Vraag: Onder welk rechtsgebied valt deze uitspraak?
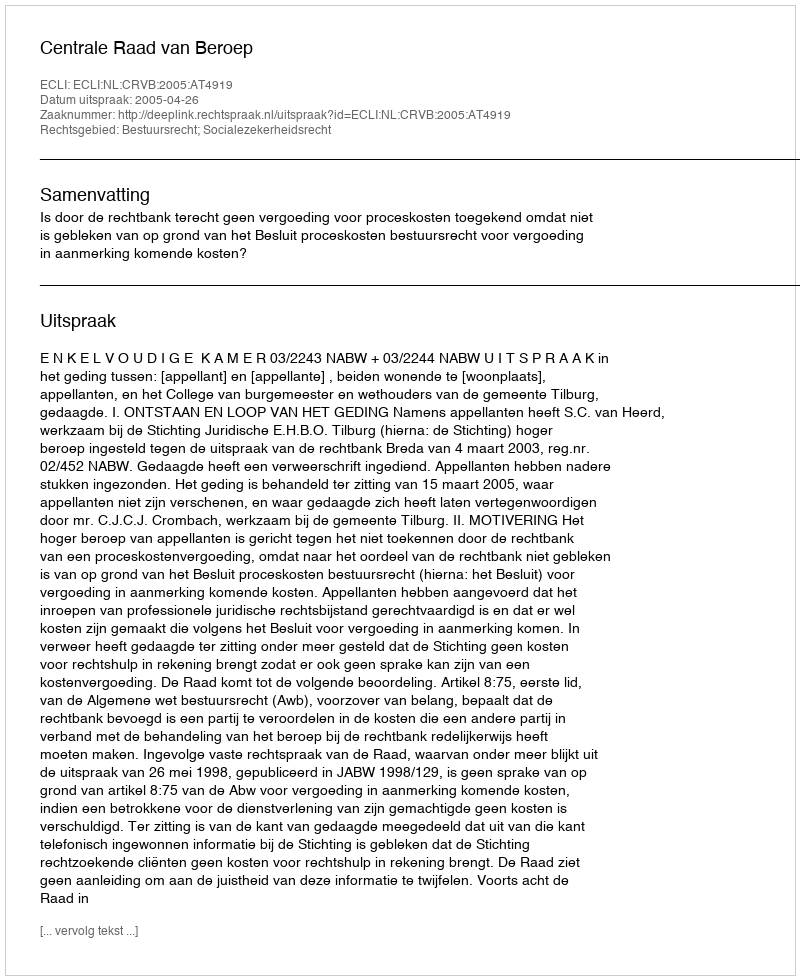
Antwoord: Bestuursrecht; Socialezekerheidsrecht